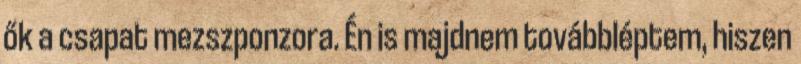
ők a csapat mezszponzora. Én is majdnem továbbléptem, hiszen